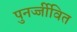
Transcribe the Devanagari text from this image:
पुनर्ज्जीवित